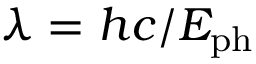
\lambda = h c / E _ { \mathrm { p h } }